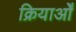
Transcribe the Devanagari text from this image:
क्रियाओँ